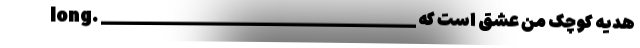
long. ___________________________________ هدیه کوچک من عشق است که